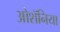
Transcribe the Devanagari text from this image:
ओशॅनिया